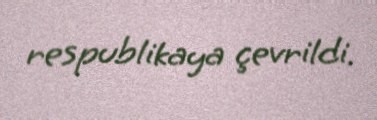
respublikaya çevrildi.